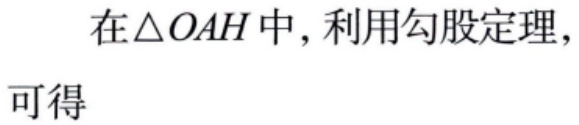
在$\triangle OAH$中，利用勾股定理，
可得